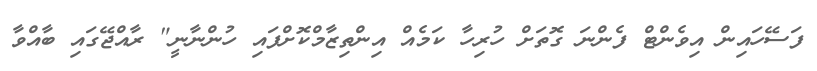
ފަސޭހައިން އިވެންޓް ފެންނަ ގޮތަށް ހުރިހާ ކަމެއް އިންތިޒާމްކޮށްފައި ހުންނާނީ" ރާއްޖޭގައި ބާއްވާ